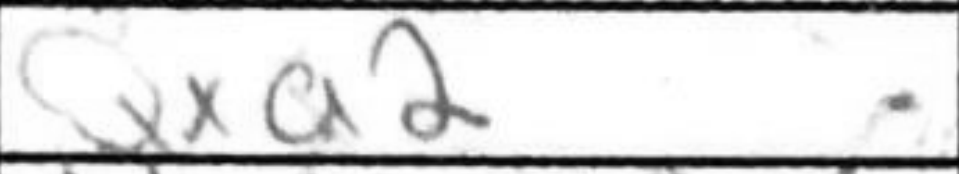
Transcription: Qxa2